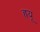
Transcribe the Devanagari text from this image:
ह्रयू